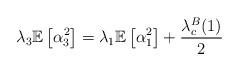
LaTeX: \begin{align*}\lambda_3\mathbb{E}\left[\alpha_3^2\right]=\lambda_1\mathbb{E}\left[\alpha_1^2\right]+\frac{\lambda_c^B(1)}{2} \end{align*}